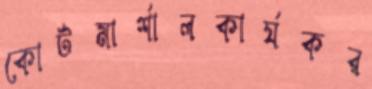
কোর্টমার্শালকার্যকর